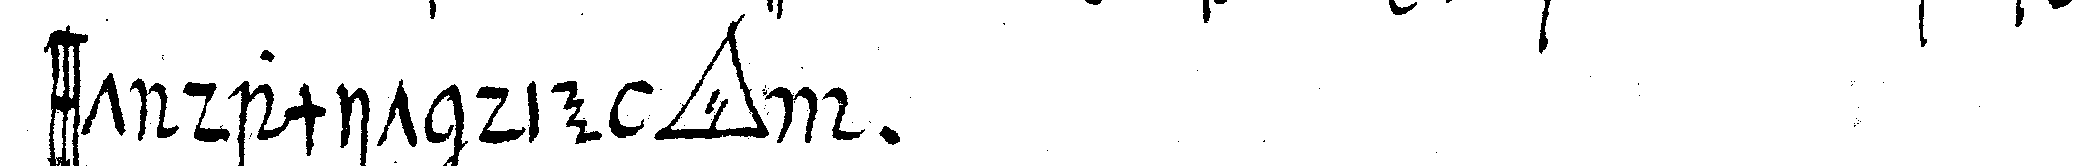
sst damit die *tri..*  .